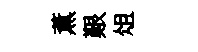
薫艱俎